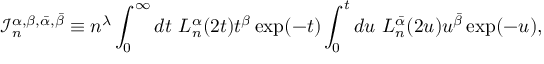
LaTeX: \mathcal { I } _ { n } ^ { \alpha , \beta , \bar { \alpha } , \bar { \beta } } \equiv n ^ { \lambda } \int _ { 0 } ^ { \infty } d t \ L _ { n } ^ { \alpha } ( 2 t ) t ^ { \beta } \exp ( - t ) \int _ { 0 } ^ { t } d u \ L _ { n } ^ { \bar { \alpha } } ( 2 u ) u ^ { \bar { \beta } } \exp ( - u ) ,